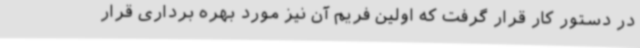
در دستور کار قرار گرفت که اولین فریم آن نیز مورد بهره برداری قرار